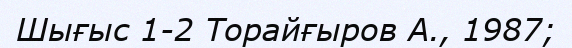
Шығыс 1-2 Торайғыров А., 1987;